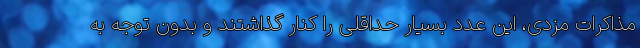
مذاکرات مزدی، این عدد بسیار حداقلی را کنار گذاشتند و بدون توجه به